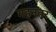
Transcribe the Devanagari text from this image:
गहनतर